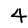
Digit: 4